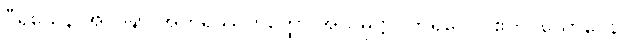
ဝီရိယေန အဂ္ဂိဒဍ္ဎာ အတိရဿဟတ္ထော အသမုဋ္ဌာပိတရူပေါပိ ဧကပ္ပယောဂေန